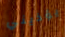
يؤذيني